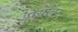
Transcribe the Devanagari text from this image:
पर्यावर